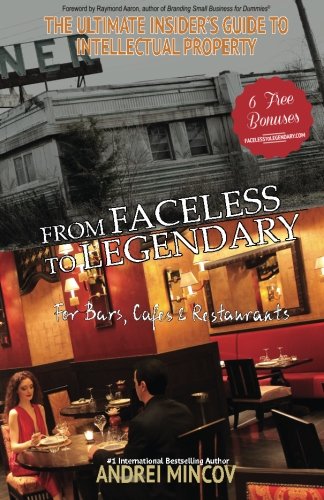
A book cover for From Faceless to Legendary for Bars, Cafes & Restaurants: The Ultimate Insider's Guide to Intellectual Property; Andrei Mincov; Law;